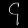
Digit: ၄